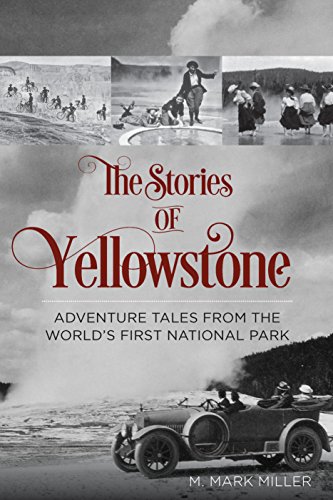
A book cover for The Stories of Yellowstone: Adventure Tales from the World's First National Park; M. Mark Miller; Travel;